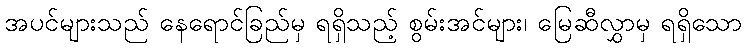
အပင်များသည် နေရောင်ခြည်မှ ရရှိသည့် စွမ်းအင်များ၊ မြေဆီလွှာမှ ရရှိသော